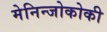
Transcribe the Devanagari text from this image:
मेनिन्जोकोकी